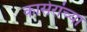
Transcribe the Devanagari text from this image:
कासेरांच्या